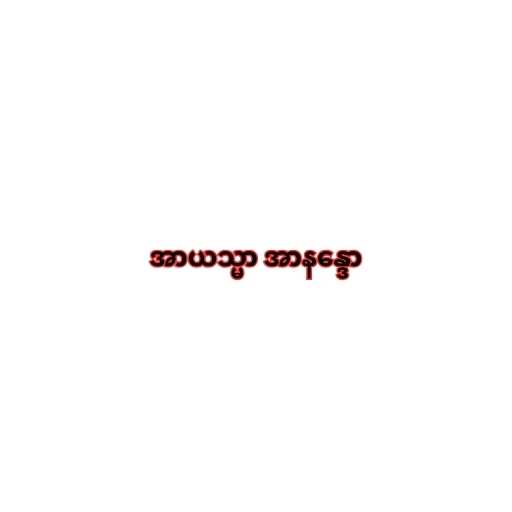
အာယသ္မာ အာနန္ဒော